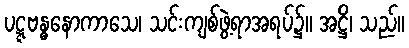
ပဋ္ဋဗန္ဓနောကာသေ၊ သင်းကျစ်ဖွဲ့ရာအရပ်၌။ အဋ္ဌိ၊ သည်။